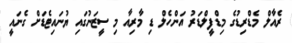
ރެއާލް މެޑްރިޑުގެ މިޑްފީލްޑަރު އަންހެލް ޑި މާރިއާ މި ސީޒަނުގައި ޔުނައިޓެޑަށް ގެނައީ